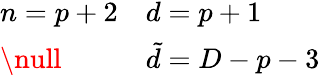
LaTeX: \begin{array}{ll}{{n=p+2}}&{{d=p+1}}\\ {{\null}}&{{{\tilde{d}}=D-p-3}}\end{array}